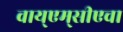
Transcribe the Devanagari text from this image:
वाय्‌एम्‌सीएचा